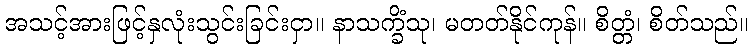
အသင့်အားဖြင့်နှလုံးသွင်းခြင်းငှာ။ နာသက္ခိံသု၊ မတတ်နိုင်ကုန်။ စိတ္တံ၊ စိတ်သည်။